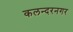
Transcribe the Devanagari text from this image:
कलन्दरनगर